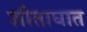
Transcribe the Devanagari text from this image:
शीताघात